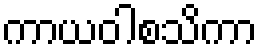
ကာယဝါစသိကာ